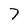
Character: 7